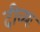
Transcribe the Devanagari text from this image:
दीव्यः